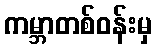
ကမ္ဘာတစ်ဝန်းမှ